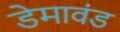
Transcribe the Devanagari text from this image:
डेमावंड